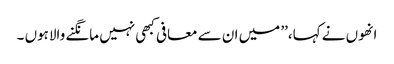
انھوں نے کہا،’’ میں ان سے معافی کبھی نہیں مانگنے والاہوں ۔